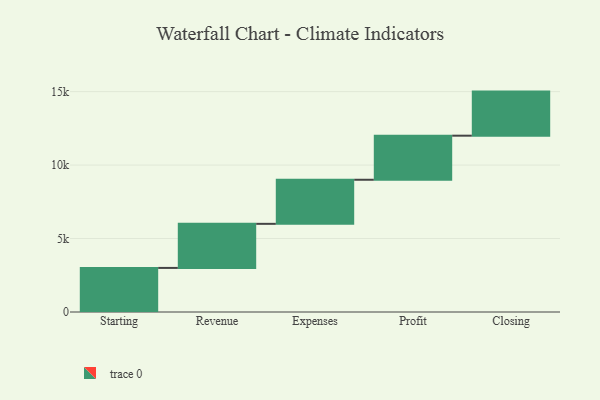
{"axis": {"x": "Step", "y": "Value"}, "legend": [""], "data": [{"x": "Starting", "y": 3000, "type": ""}, {"x": "Revenue", "y": 3000, "type": ""}, {"x": "Expenses", "y": 3000, "type": ""}, {"x": "Profit", "y": 3000, "type": ""}, {"x": "Closing", "y": 3000, "type": ""}]}